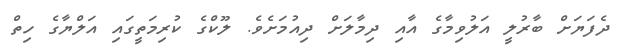
ދެފަޔަށް ބާރުލީ އަލުވިމާގެ އާއި ދިމާލަށް ދިއުމަށެވެ. ލޫކްގެ ކުރިމަތީގައި އަލްޔާގެ ހިތް